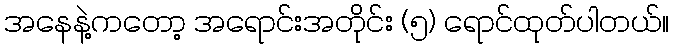
အနေနဲ့ကတော့ အရောင်းအတိုင်း (၅) ရောင်ထုတ်ပါတယ်။